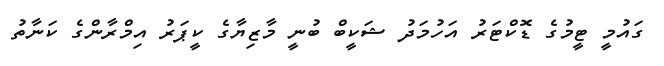
ގައުމީ ޓީމުގެ ޑޮކްޓަރު އަހުމަދު ޝަކީބް ބުނީ މާޒިޔާގެ ކީޕަރު އިމްރާންގެ ކަނާތު